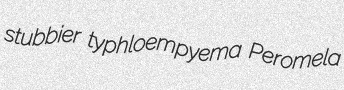
stubbier typhloempyema Peromela